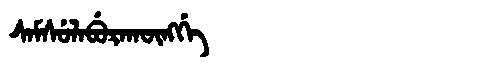
Manchu: ᠰᠠᠮᠰᡠᠯᠠᠪᡠᡵᠠᡴᡡᠩᡤᡝ
Romanization: SAMSULABURAKŪNGGE